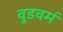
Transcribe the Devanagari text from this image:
वुडवर्म